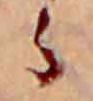
ら